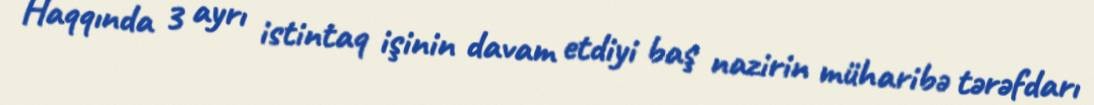
Haqqında 3 ayrı istintaq işinin davam etdiyi baş nazirin müharibə tərəfdarı